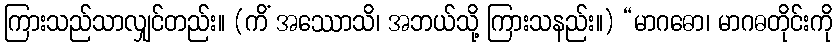
ကြားသည်သာလျှင်တည်း။ (ကိံ အဿောသိ၊ အဘယ်သို့ ကြားသနည်း။) “မာဂဓော၊ မာဂဓတိုင်းကို